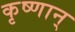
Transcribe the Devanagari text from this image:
कृष्णान्‌